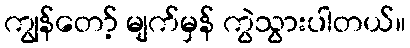
ကျွန်တော့် မျက်မှန် ကွဲသွားပါတယ်။